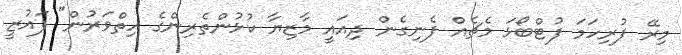
މިރޭ ފުރިހަމަ ފުޓްބޯޅަ މެޗެއް ފެނިގެން ދިއައީ މާޒިޔާ ކުޅުންތެރިންގެ ހިތްވަރުން" ފައުޒީ